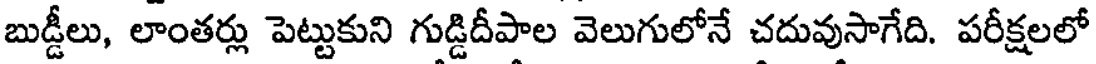
బుడ్డీలు, లాంతర్లు పెట్టుకుని గుడ్డిదీపాల వెలుగులోనే చదువుసాగేది. పరీక్షలలో